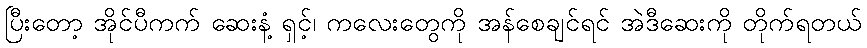
ပြီးတော့ အိုင်ပီကက် ဆေးနံ့ ရှင့်၊ ကလေးတွေကို အန်စေချင်ရင် အဲဒီဆေးကို တိုက်ရတယ်